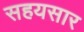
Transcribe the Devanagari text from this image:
सहयसार